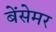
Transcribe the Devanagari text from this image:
बेंसेमर